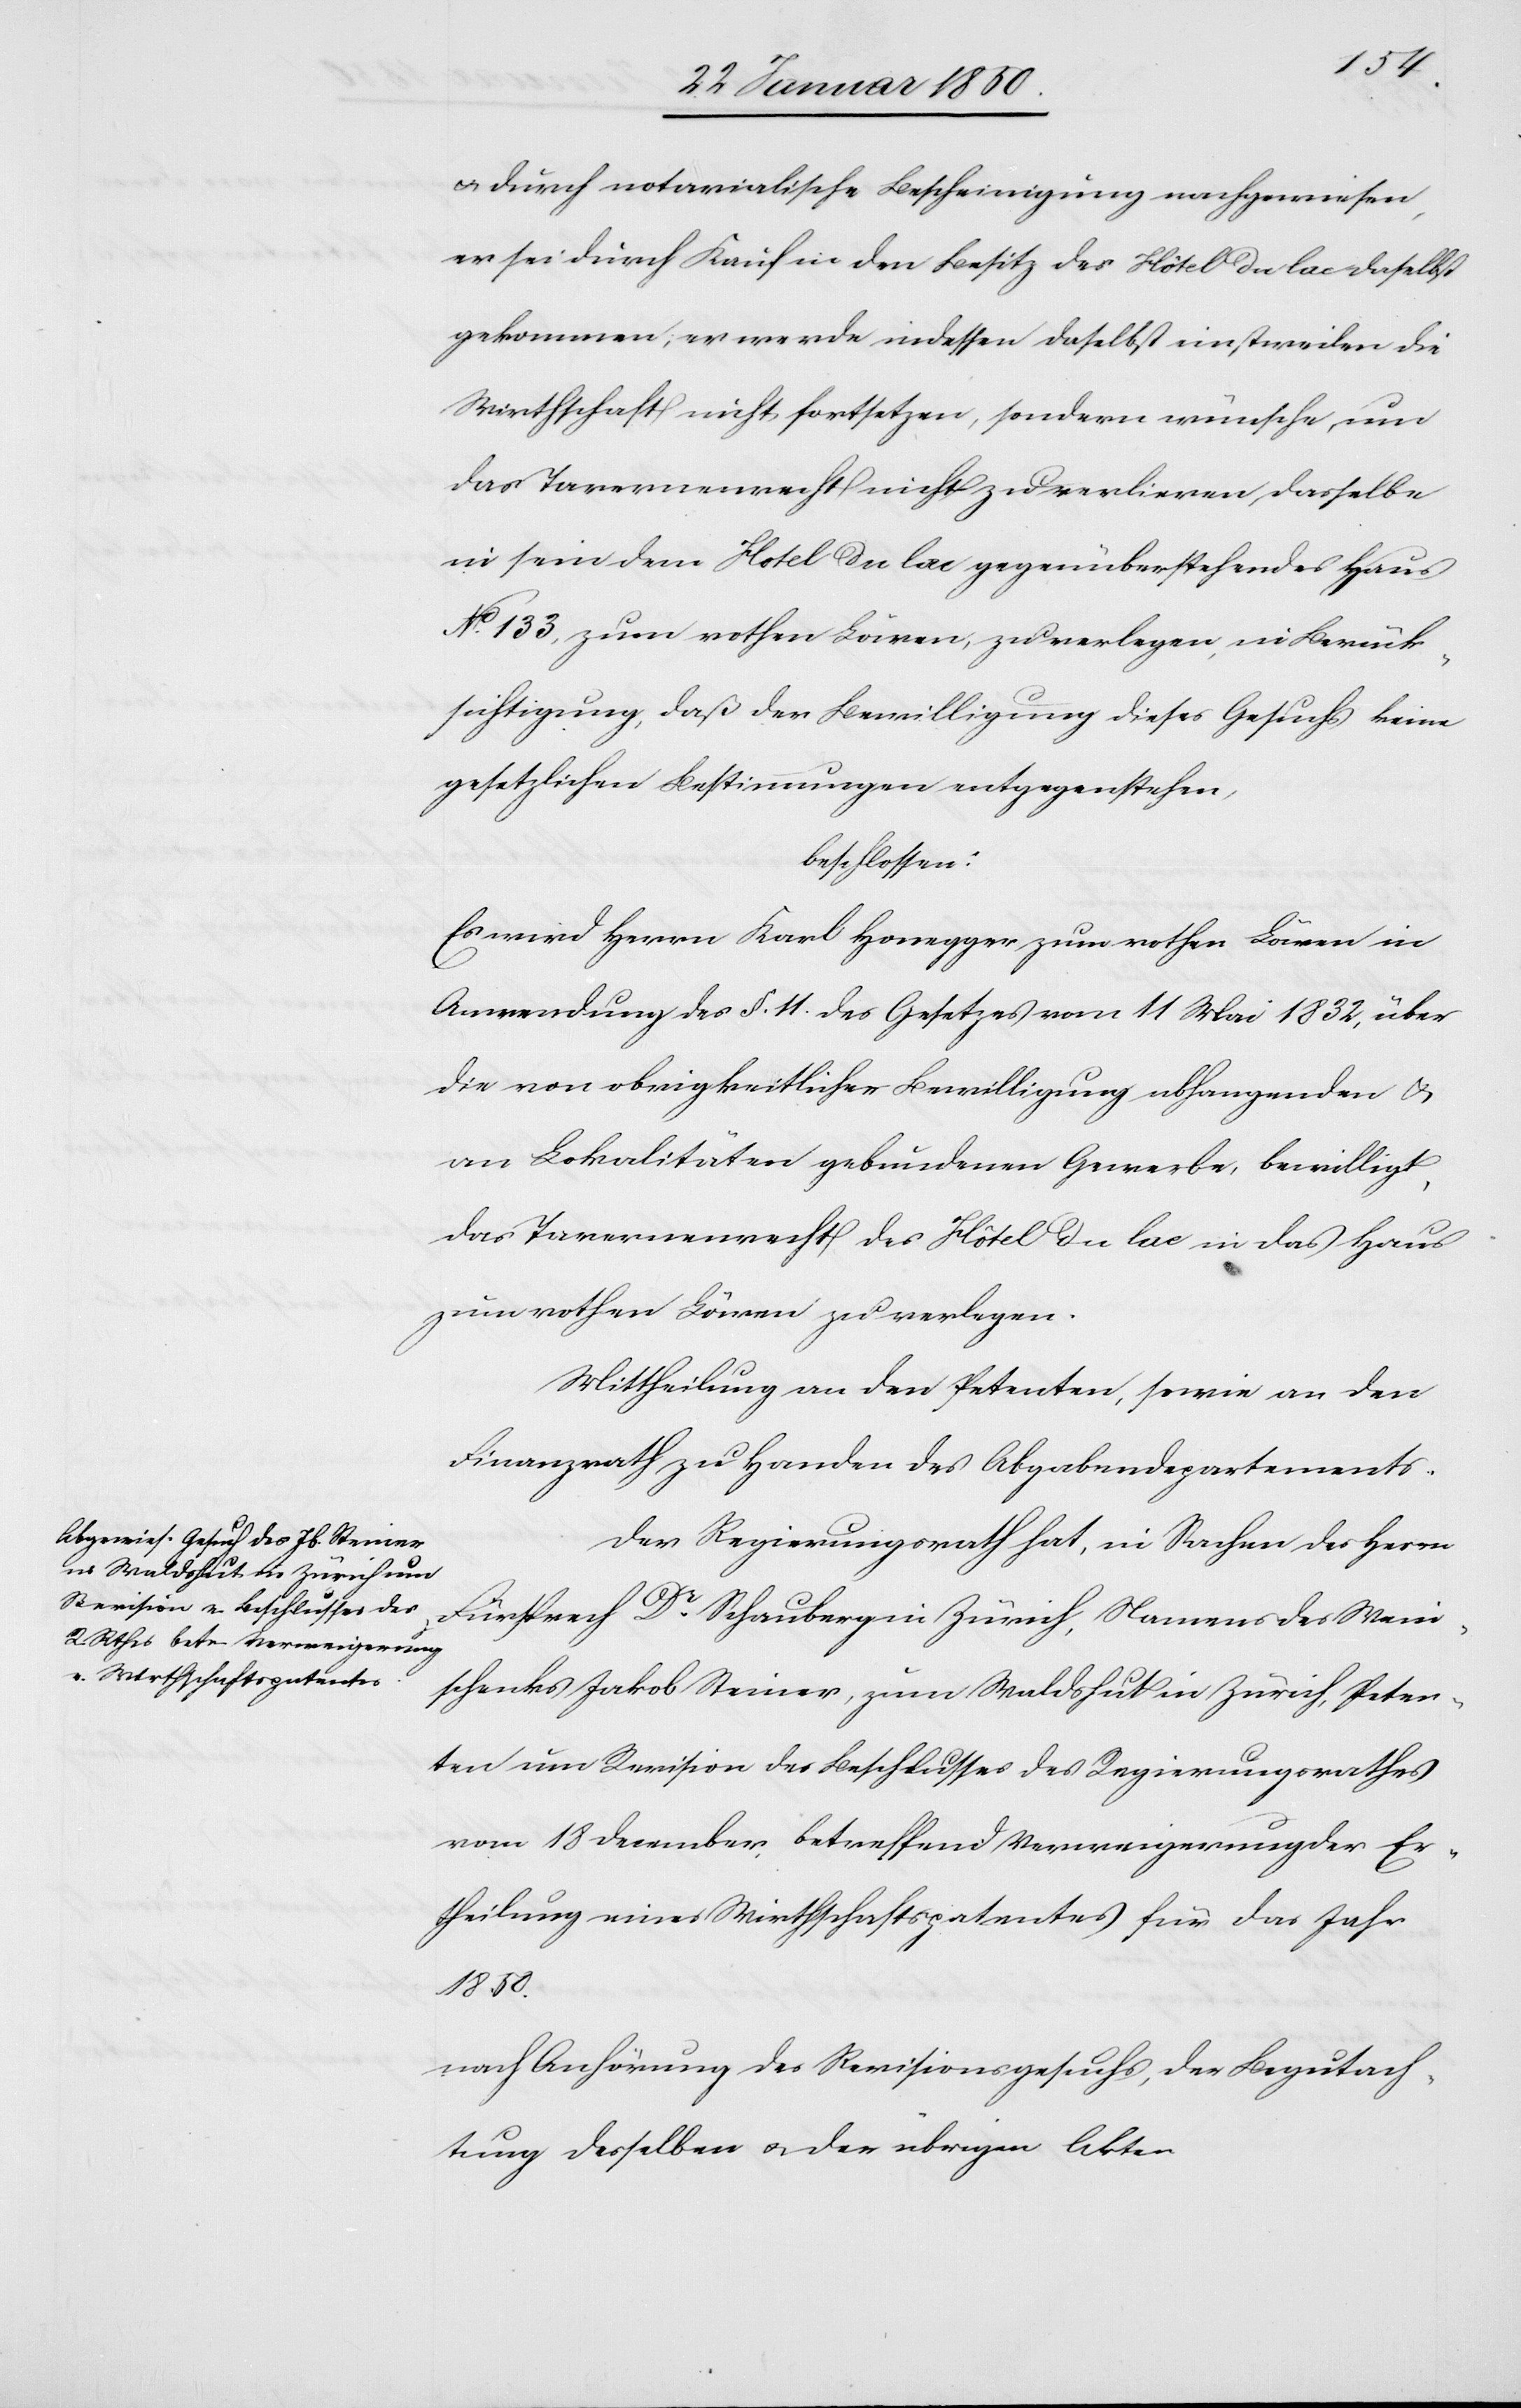
u. durch notarialische Bescheinigung nachgewiesen,
er sei durch Kauf in den Besitz des Hôtel du lac daselbst
gekommen, er werde indessen daselbst einstweilen die
Wirthschaft nicht fortsetzen, sondern wünsche, um
das Tavernenrecht nicht zu verlieren, dasselbe
in sein dem Hotel du lac gegenüberstehendes Haus
No. 133, zum rothen Löwen, zu verlegen, in Berück¬
sichtigung, daß der Bewilligung dieses Gesuchs keine
gesetzlichen Bestimmungen entgegenstehen,
beschlossen:
Es wird Herrn Karl Honegger zum rothen Löwen in
Anwendung des §. 11 des Gesetzes vom 11 Mai 1832, über
die von obrigkeitlicher Bewilligung abhangenden u.
an Lokalitäten gebundenen Gewerbe, bewilligt,
das Tavernenrecht des Hôtel du lac in das Haus
zum rothen Löwen zu verlegen.
Mittheilung an den Petenten, sowie an den
Finanzrath zu Handen des Abgabendepartements.
Der Regierungsrath hat, in Sachen des Herrn
Fürsprech Dr. Schauberg in Zürich, Namens des Wein¬
schenks Jakob Steiner, zum Waldshut in Zürich, Peten¬
ten um Revision des Beschlusses des Regierungsrathes
vom 18 December, betreffend Verweigerung der Er¬
theilung eines Wirthschaftspatentes für das Jahr
1850.
nach Anhörung des Revisionsgesuchs, der Begutach¬
tung desselben u. der übrigen Akten